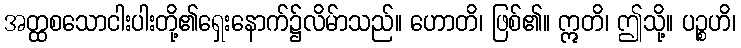
အတ္ထစသောငါးပါးတို့၏ရှေးနောက်၌လိမ်ာသည်။ ဟောတိ၊ ဖြစ်၏။ ဣတိ၊ ဤသို့။ ပဉ္စဟိ၊